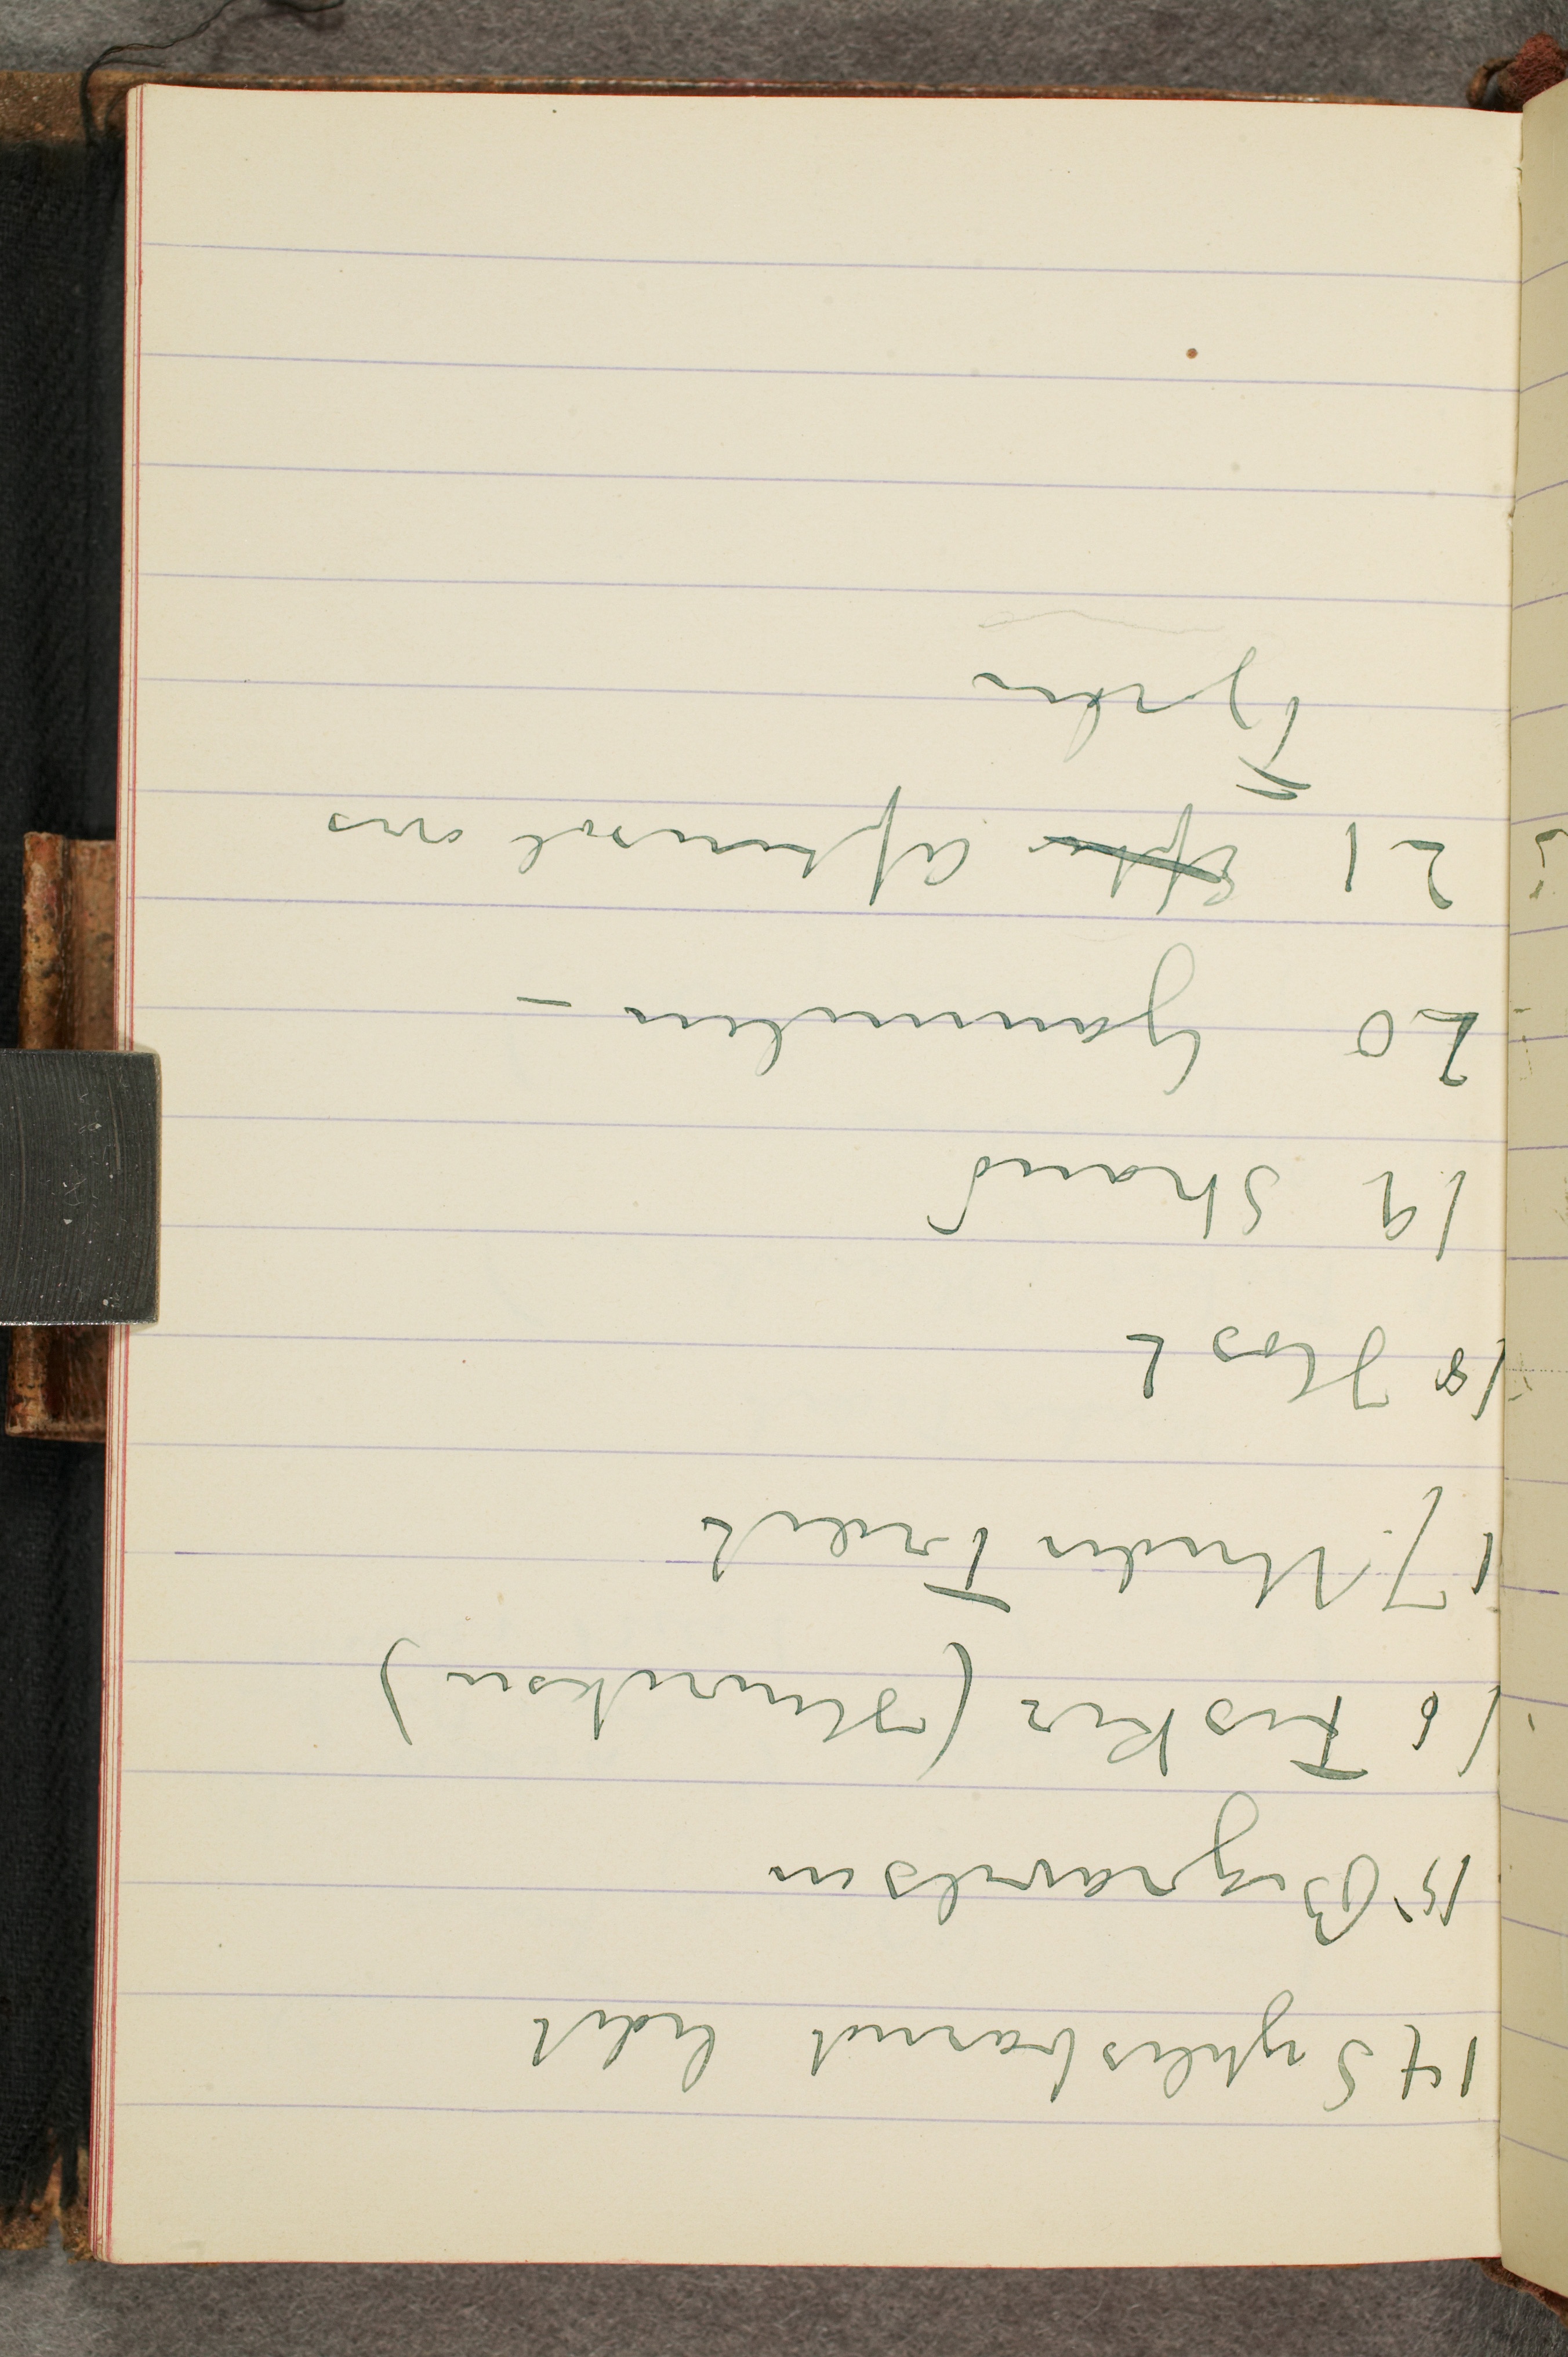
14 Syfilisbarnet lidet
15 Begravelsen
16 Fisker (Henriksen)
17 Under Træet
18 Høst
19 Strand
20 Gammelen –
21 Efter Aftensol over
Fjorden